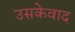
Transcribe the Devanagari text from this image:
उसकेवाद